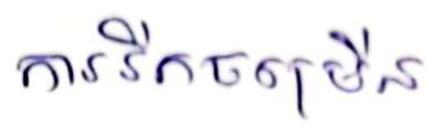
ការរីកចម្រើន